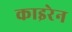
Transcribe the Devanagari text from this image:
काइरेन